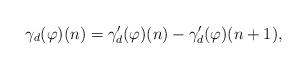
LaTeX: \begin{align*}\gamma_d(\varphi)(n)=\gamma'_d(\varphi)(n)-\gamma'_d(\varphi)(n+1), \end{align*}